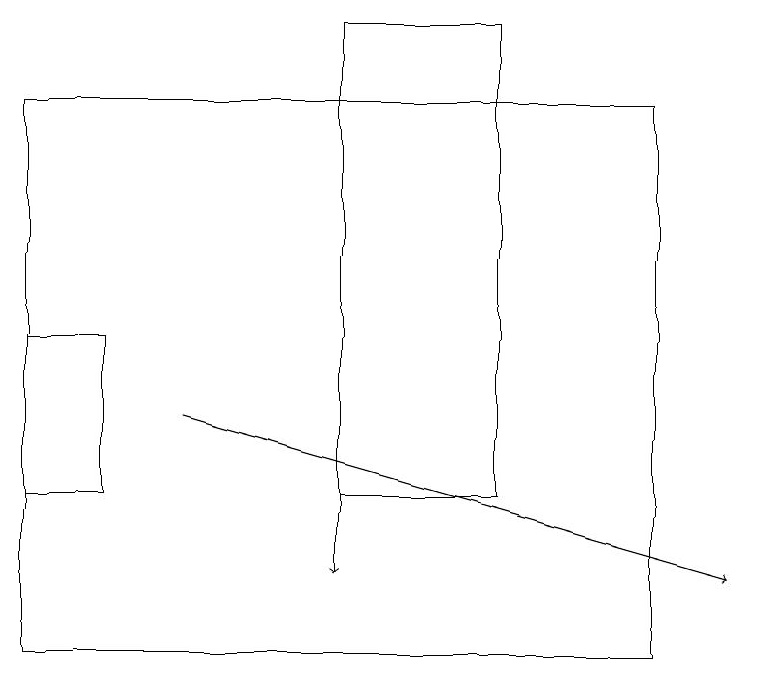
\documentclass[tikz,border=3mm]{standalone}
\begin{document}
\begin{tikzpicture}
\draw[->] (4,16) -- (4,12);
\draw[->] (2,14) -- (9,12);
\draw (6,13) rectangle (4,19);
\draw (1,13) rectangle (0,15);
\draw (8,11) rectangle (0,18);
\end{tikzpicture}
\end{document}